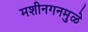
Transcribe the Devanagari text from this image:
मशीनगनमुळे